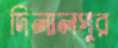
দিলালপুর